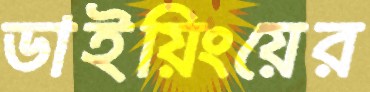
ডাইয়িংয়ের